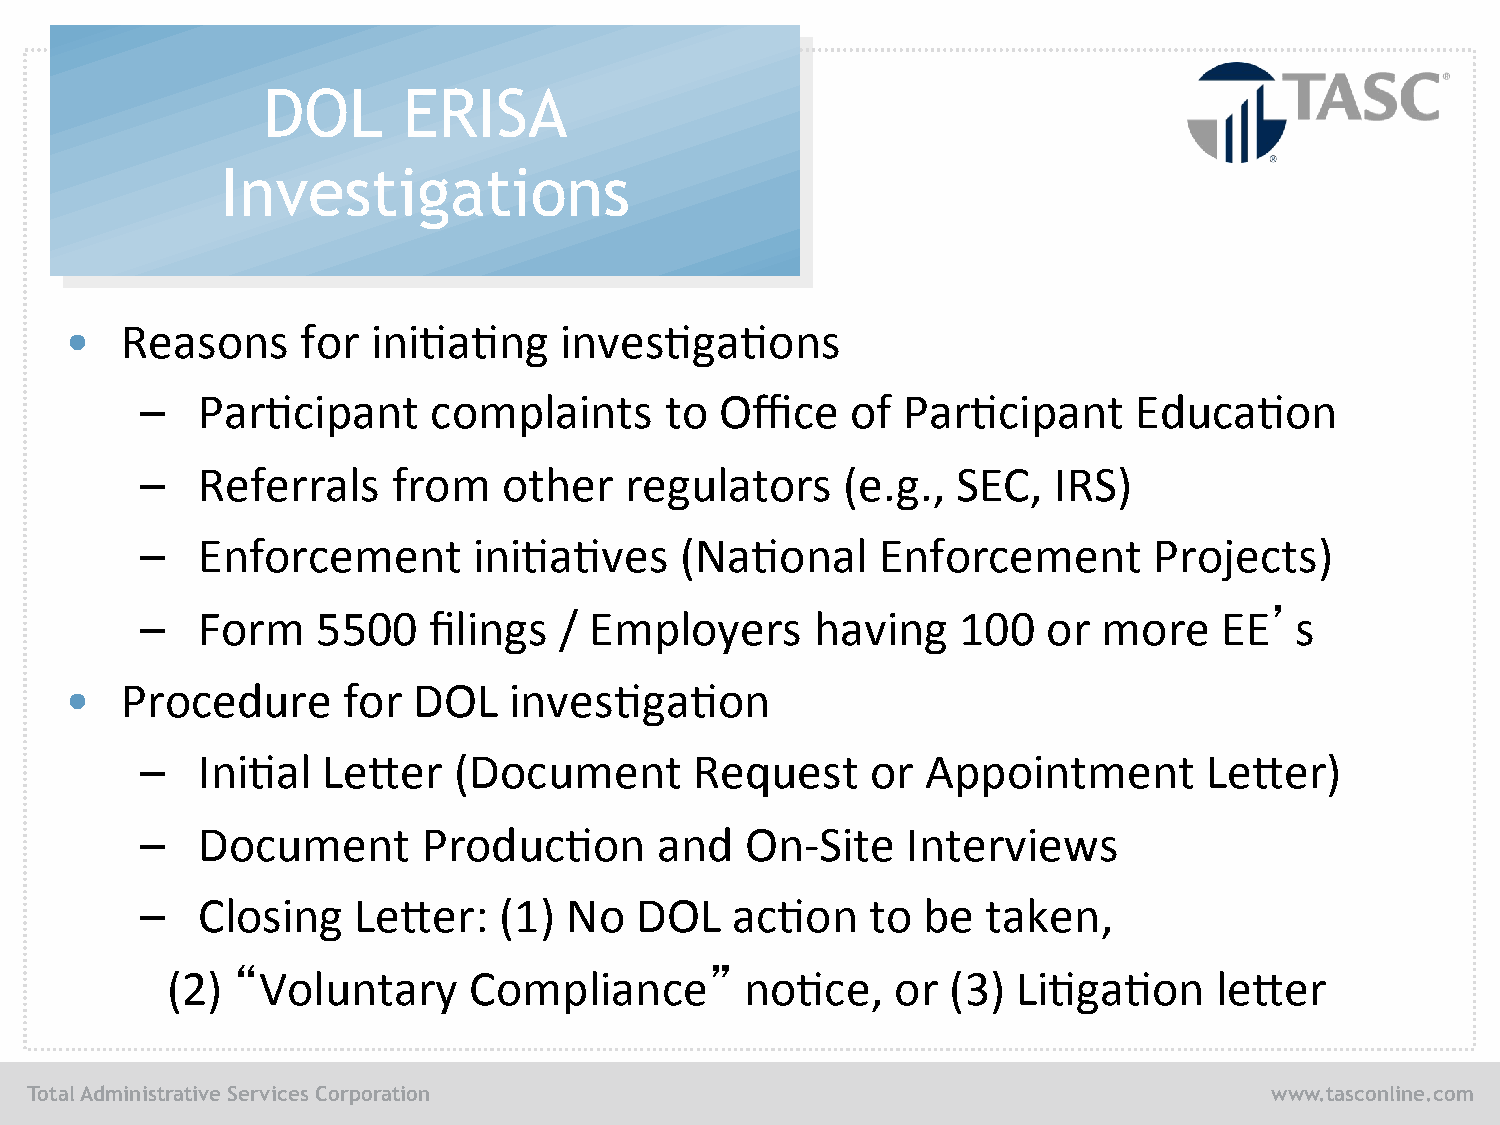
DOL       ERISA
 Investigations
 •   Reasons     for  ini/a/ng    inves/ga/ons
 –   Par/cipant     complaints      to  Office  of  Par/cipant     Educa/on
 –   Referrals    from   other   regulators     (e.g., SEC,   IRS)
 –   Enforcement       ini/a/ves     (Na/onal     Enforcement       Projects)
 –   Form    5500   filings  / Employers      having   100   or  more
 EE’
 s
 •   Procedure      for DOL    inves/ga/on
 –   Ini/al  Le8er    (Document       Request     or Appointment        Le8er)
 –   Document       Produc/on      and   On-­‐Site  Interviews
 –   Closing   Le8er:    (1) No   DOL   ac/on     to be  taken,
 “                               ”
 (2)   Voluntary     Compliance        no/ce,    or  (3) Li/ga/on     le8er
 Total Administrative Services Corporation                                         www.tasconline.com